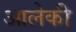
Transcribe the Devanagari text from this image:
आलेकी